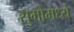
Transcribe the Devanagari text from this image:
सुमोमध्ये